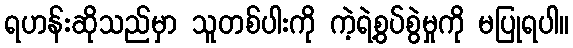
ရဟန်းဆိုသည်မှာ သူတစ်ပါးကို ကဲ့ရဲ့စွပ်စွဲမှုကို မပြုရပါ။